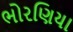
ભોરણિયા